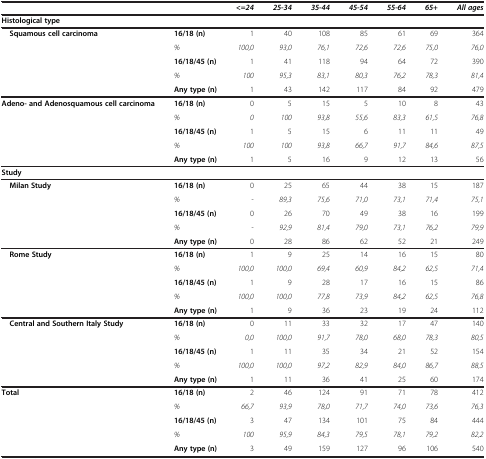
<table><thead><tr><td colspan="2"><b> </b></td><td><b><i>&lt;=24</i></b></td><td><b><i>25-34</i></b></td><td><b><i>35-44</i></b></td><td><b><i>45-54</i></b></td><td><b><i>55-64</i></b></td><td><b><i>65+</i></b></td><td><b><i>All ages</i></b></td></tr></thead><tbody><tr><td colspan="9"><b>Histological type</b></td></tr><tr><td rowspan="4"> <b>Squamous cell carcinoma</b></td><td><b>16/18 (n)</b></td><td>1</td><td>40</td><td>108</td><td>85</td><td>61</td><td>69</td><td>364</td></tr><tr><td><i>%</i></td><td><i>100,0</i></td><td><i>93,0</i></td><td><i>76,1</i></td><td><i>72,6</i></td><td><i>72,6</i></td><td><i>75,0</i></td><td><i>76,0</i></td></tr><tr><td><b>16/18/45 (n)</b></td><td>1</td><td>41</td><td>118</td><td>94</td><td>64</td><td>72</td><td>390</td></tr><tr><td><i>%</i></td><td><i>100</i></td><td><i>95,3</i></td><td><i>83,1</i></td><td><i>80,3</i></td><td><i>76,2</i></td><td><i>78,3</i></td><td><i>81,4</i></td></tr><tr><td> </td><td><b>Any type (n)</b></td><td>1</td><td>43</td><td>142</td><td>117</td><td>84</td><td>92</td><td>479</td></tr><tr><td rowspan="4"><b>Adeno- and Adenosquamous cell carcinoma</b></td><td><b>16/18 (n)</b></td><td>0</td><td>5</td><td>15</td><td>5</td><td>10</td><td>8</td><td>43</td></tr><tr><td><i>%</i></td><td><i>0</i></td><td><i>100</i></td><td><i>93,8</i></td><td><i>55,6</i></td><td><i>83,3</i></td><td><i>61,5</i></td><td><i>76,8</i></td></tr><tr><td><b>16/18/45 (n)</b></td><td>1</td><td>5</td><td>15</td><td>6</td><td>11</td><td>11</td><td>49</td></tr><tr><td><i>%</i></td><td><i>100</i></td><td><i>100</i></td><td><i>93,8</i></td><td><i>66,7</i></td><td><i>91,7</i></td><td><i>84,6</i></td><td><i>87,5</i></td></tr><tr><td> </td><td><b>Any type (n)</b></td><td>1</td><td>5</td><td>16</td><td>9</td><td>12</td><td>13</td><td>56</td></tr><tr><td colspan="9"><b>Study</b></td></tr><tr><td rowspan="4"> <b>Milan Study</b></td><td><b>16/18 (n)</b></td><td>0</td><td>25</td><td>65</td><td>44</td><td>38</td><td>15</td><td>187</td></tr><tr><td><i>%</i></td><td><i>-</i></td><td><i>89,3</i></td><td><i>75,6</i></td><td><i>71,0</i></td><td><i>73,1</i></td><td><i>71,4</i></td><td><i>75,1</i></td></tr><tr><td><b>16/18/45 (n)</b></td><td>0</td><td>26</td><td>70</td><td>49</td><td>38</td><td>16</td><td>199</td></tr><tr><td><i>%</i></td><td><i>-</i></td><td><i>92,9</i></td><td><i>81,4</i></td><td><i>79,0</i></td><td><i>73,1</i></td><td><i>76,2</i></td><td><i>79,9</i></td></tr><tr><td> </td><td><b>Any type (n)</b></td><td>0</td><td>28</td><td>86</td><td>62</td><td>52</td><td>21</td><td>249</td></tr><tr><td rowspan="4"> <b>Rome Study</b></td><td><b>16/18 (n)</b></td><td>1</td><td>9</td><td>25</td><td>14</td><td>16</td><td>15</td><td>80</td></tr><tr><td><i>%</i></td><td><i>100,0</i></td><td><i>100,0</i></td><td><i>69,4</i></td><td><i>60,9</i></td><td><i>84,2</i></td><td><i>62,5</i></td><td><i>71,4</i></td></tr><tr><td><b>16/18/45 (n)</b></td><td>1</td><td>9</td><td>28</td><td>17</td><td>16</td><td>15</td><td>86</td></tr><tr><td><i>%</i></td><td><i>100,0</i></td><td><i>100,0</i></td><td><i>77,8</i></td><td><i>73,9</i></td><td><i>84,2</i></td><td><i>62,5</i></td><td><i>76,8</i></td></tr><tr><td> </td><td><b>Any type (n)</b></td><td>1</td><td>9</td><td>36</td><td>23</td><td>19</td><td>24</td><td>112</td></tr><tr><td rowspan="4"> <b>Central and Southern Italy Study</b></td><td><b>16/18 (n)</b></td><td>0</td><td>11</td><td>33</td><td>32</td><td>17</td><td>47</td><td>140</td></tr><tr><td><i>%</i></td><td><i>0,0</i></td><td><i>100,0</i></td><td><i>91,7</i></td><td><i>78,0</i></td><td><i>68,0</i></td><td><i>78,3</i></td><td><i>80,5</i></td></tr><tr><td><b>16/18/45 (n)</b></td><td>1</td><td>11</td><td>35</td><td>34</td><td>21</td><td>52</td><td>154</td></tr><tr><td><i>%</i></td><td><i>100,0</i></td><td><i>100,0</i></td><td><i>97,2</i></td><td><i>82,9</i></td><td><i>84,0</i></td><td><i>86,7</i></td><td><i>88,5</i></td></tr><tr><td> </td><td><b>Any type (n)</b></td><td>1</td><td>11</td><td>36</td><td>41</td><td>25</td><td>60</td><td>174</td></tr><tr><td rowspan="4"><b>Total</b></td><td><b>16/18 (n)</b></td><td>2</td><td>46</td><td>124</td><td>91</td><td>71</td><td>78</td><td>412</td></tr><tr><td><i>%</i></td><td><i>66,7</i></td><td><i>93,9</i></td><td><i>78,0</i></td><td><i>71,7</i></td><td><i>74,0</i></td><td><i>73,6</i></td><td><i>76,3</i></td></tr><tr><td><b>16/18/45 (n)</b></td><td>3</td><td>47</td><td>134</td><td>101</td><td>75</td><td>84</td><td>444</td></tr><tr><td><i>%</i></td><td><i>100</i></td><td><i>95,9</i></td><td><i>84,3</i></td><td><i>79,5</i></td><td><i>78,1</i></td><td><i>79,2</i></td><td><i>82,2</i></td></tr><tr><td> </td><td><b>Any type (n)</b></td><td>3</td><td>49</td><td>159</td><td>127</td><td>96</td><td>106</td><td>540</td></tr></tbody></table>